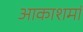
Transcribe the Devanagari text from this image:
आकाशमां